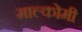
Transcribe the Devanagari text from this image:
माल्कोमी